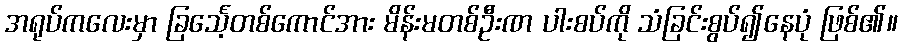
အရုပ်ကလေးမှာ ခြင်္သေ့တစ်ကောင်အား မိန်းမတစ်ဦးဏ ပါးစပ်ကို သံခြင်းစွပ်၍နေပုံ ဖြစ်၏။